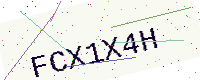
Text: FCX1X4H